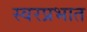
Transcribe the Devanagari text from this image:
स्वरप्रभात